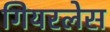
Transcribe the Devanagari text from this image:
गियरलेस